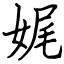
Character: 娓